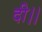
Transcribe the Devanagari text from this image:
दी।।